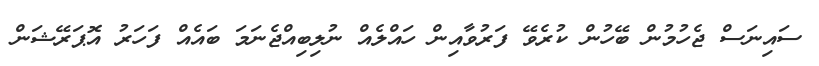
ސައިނަސް ޖެހުމުން ބޭހުން ކުރެވޭ ފަރުވާއިން ހައްލެއް ނުލިބިއްޖެނަމަ ބައެއް ފަހަރު އޮޕަރޭޝަން